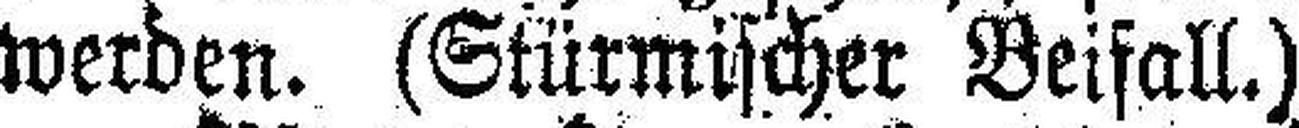
werden. (Stürmischer Beifall.)